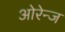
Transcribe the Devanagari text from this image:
ओरेन्ज